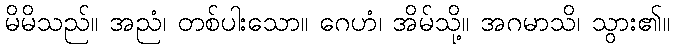
မိမိသည်။ အညံ၊ တစ်ပါးသော။ ဂေဟံ၊ အိမ်သို့။ အဂမာသိ၊ သွား၏။